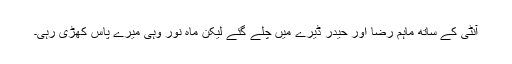
آنٹی کے ساتھ ماہم رضا اور حیدر ڈیرے میں چلے گئے لیکن ماہ نور وہی میرے پاس کھڑی رہی۔